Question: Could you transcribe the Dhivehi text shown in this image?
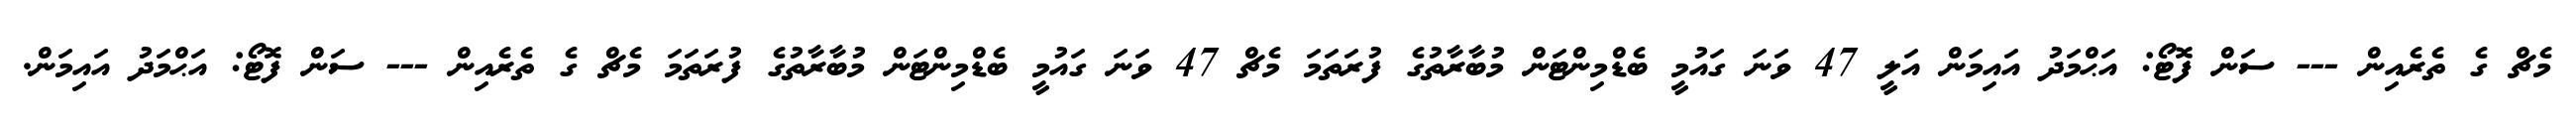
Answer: މެޗް ގެ ތެރެއިން --- ސަން ފޮޓޯ: އަޙްމަދު އައިމަން އަލީ 47 ވަނަ ގައުމީ ބެޑްމިންޓަން މުބާރާތުގެ ފުރަތަމަ މެޗް 47 ވަނަ ގައުމީ ބެޑްމިންޓަން މުބާރާތުގެ ފުރަތަމަ މެޗް ގެ ތެރެއިން --- ސަން ފޮޓޯ: އަޙްމަދު އައިމަން.